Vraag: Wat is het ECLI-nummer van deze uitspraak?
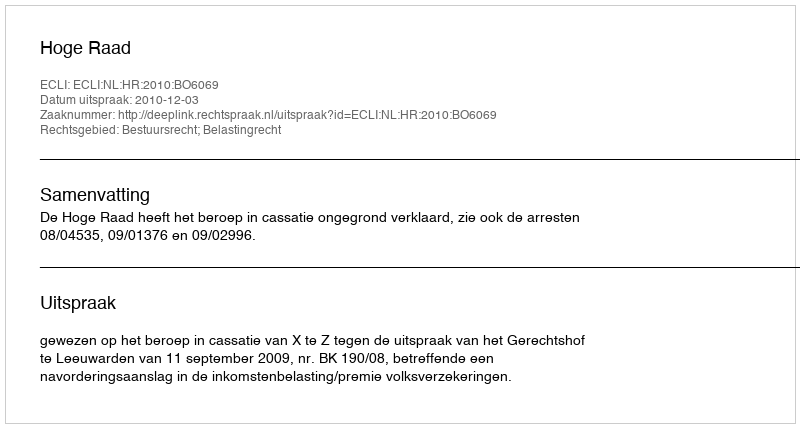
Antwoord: ECLI:NL:HR:2010:BO6069